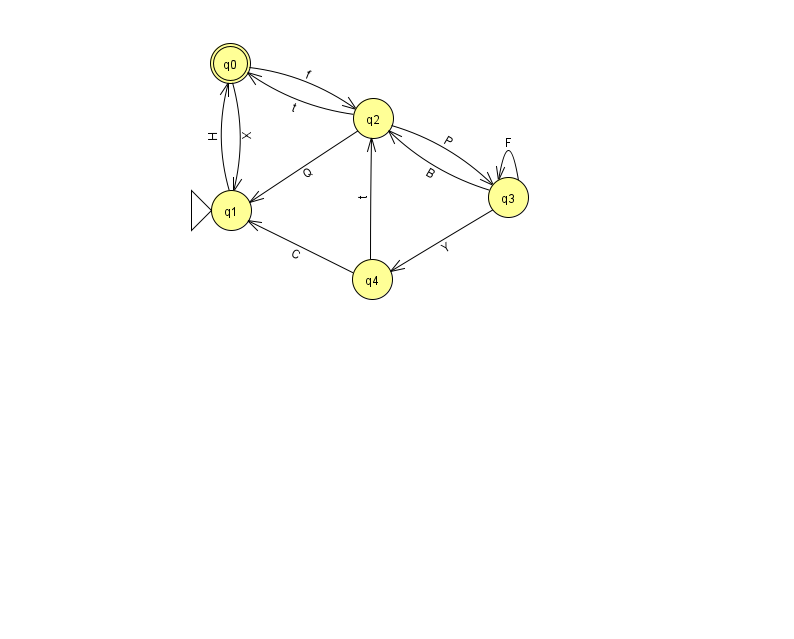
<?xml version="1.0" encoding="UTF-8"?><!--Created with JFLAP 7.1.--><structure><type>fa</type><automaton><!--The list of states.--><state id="0" name="q0"><x>230.0</x><y>50.0</y><final/></state><state id="1" name="q1"><x>231.0</x><y>197.0</y><initial/></state><state id="2" name="q2"><x>373.0</x><y>105.0</y></state><state id="3" name="q3"><x>508.0</x><y>184.0</y></state><state id="4" name="q4"><x>372.0</x><y>266.0</y></state><!--The list of transitions.--><transition><from>4</from><to>2</to><read>t</read></transition><transition><from>3</from><to>3</to><read>F</read></transition><transition><from>3</from><to>4</to><read>Y</read></transition><transition><from>3</from><to>2</to><read>B</read></transition><transition><from>2</from><to>0</to><read>t</read></transition><transition><from>4</from><to>1</to><read>C</read></transition><transition><from>2</from><to>3</to><read>P</read></transition><transition><from>0</from><to>1</to><read>X</read></transition><transition><from>0</from><to>2</to><read>f</read></transition><transition><from>1</from><to>0</to><read>H</read></transition><transition><from>2</from><to>1</to><read>Q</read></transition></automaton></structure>